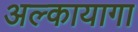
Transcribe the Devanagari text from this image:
अल्कायागा